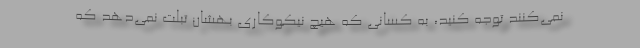
نمی‌کنند توجه کنید، به کسانی که هیچ نیکوکاری بهشان تبلت نمی‌دهد که